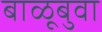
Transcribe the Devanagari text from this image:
बाळूबुवा